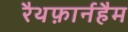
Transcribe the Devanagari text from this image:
रैथफ़ार्नहैम